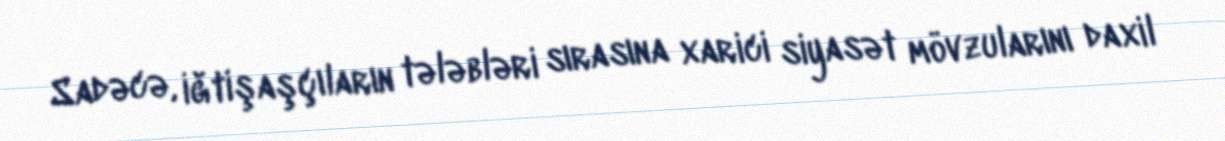
Sadəcə, iğtişaşçıların tələbləri sırasına xarici siyasət mövzularını daxil